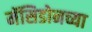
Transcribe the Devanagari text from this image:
मॅसिडोनच्या